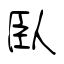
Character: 臥